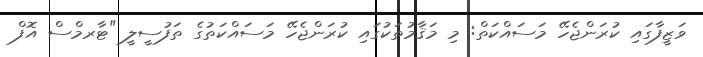
ވަޒީފާގައި ކުރަންޖެހޭ މަސައްކަތް: މި މަޤާމުތަކުގައި ކުރަންޖެހޭ މަސައްކަތުގެ ތަފުސީލީ "ޓާރމްސް އޮފް